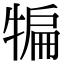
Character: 犏